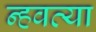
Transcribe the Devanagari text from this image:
न्हवत्या